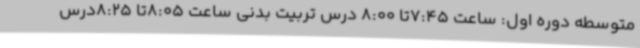
متوسطه دوره اول: ساعت 7:45تا 8:00 درس تربیت بدنی ساعت 8:05تا 8:25درس